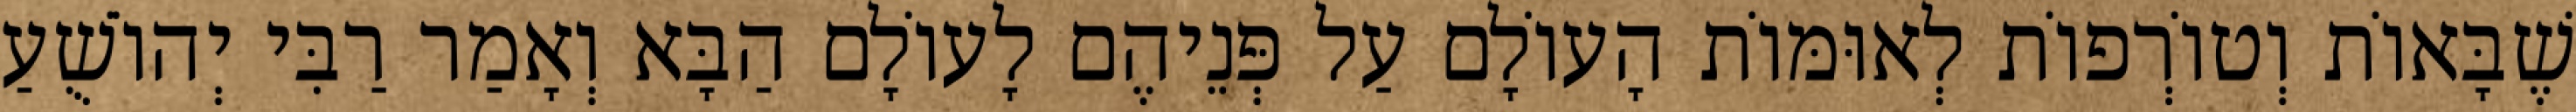
שֶׁבָּאוֹת וְטוֹרְפוֹת לְאוּמּוֹת הָעוֹלָם עַל פְּנֵיהֶם לָעוֹלָם הַבָּא וְאָמַר רַבִּי יְהוֹשֻׁעַ